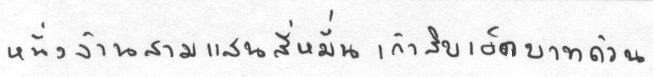
หนึ่งล้านสามแสนสี่หมื่นเก้าสิบเอ็ดบาทถ้วน